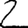
Digit: 2